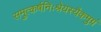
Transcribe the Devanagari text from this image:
समुत्कर्षनिःश्रेयस्यैकमुग्रं